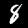
Digit: 8